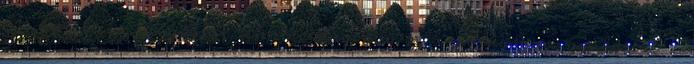
A kísérleti pedagógia, reformpedagógia és a pedagógiai gyakorlat :